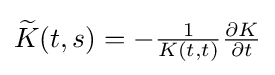
{\textstyle {\widetilde {K}}(t,s)=-{1 \over {K(t,t)}}{\partial K \over {\partial t}}}